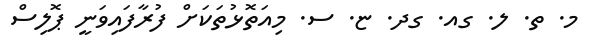
މ. ތ. ލ. ގއ. ގދ. ޏ. ސ. މިއަތޮޅުތަކަށް ފުރާފައިވަނީ ޕޮލިސް